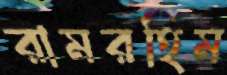
রামরহিম